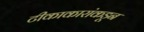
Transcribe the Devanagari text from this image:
टीकाकारांकडून